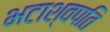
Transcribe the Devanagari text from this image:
भटाश्वपति